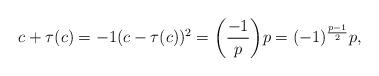
LaTeX: \begin{align*}c+\tau(c)=-1(c-\tau(c))^2=\bigg{(}\frac{-1}{p}\bigg{)}p=(-1)^{\frac{p-1}{2}}p,\end{align*}